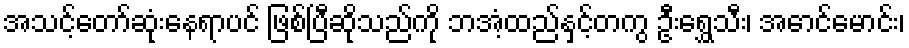
အသင့်တော်ဆုံးနေရာပင် ဖြစ်ပြီဆိုသည်ကို ဘအံ့ထည်နှင့်တကွ ဦးရွှေသီး၊ အောင်မောင်း၊